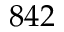
8 4 2